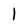
Character: l